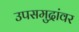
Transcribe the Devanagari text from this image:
उपसमुद्रांवर